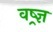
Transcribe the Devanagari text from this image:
वष्र्ज्ञ